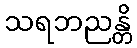
သရဘညန္တိ